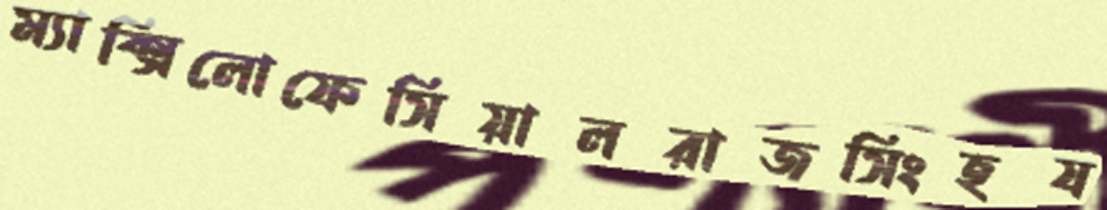
ম্যাক্সিলোফেসিয়ালরাজসিংহয